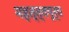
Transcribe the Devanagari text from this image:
महत्त्वपूर्व